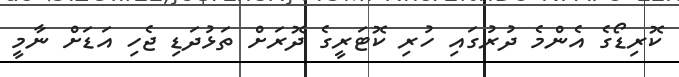
ކޮރިޑޯގެ އެންމެ ދުރުގައި ހުރި ކޮޓަރީގެ ދޮރަށް ތަޅުދަޑި ޖެހި އަޑަށް ނާމީ